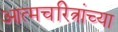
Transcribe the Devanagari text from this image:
आत्मचरित्रांच्या